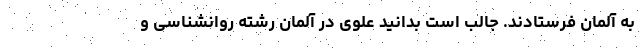
به آلمان فرستادند. جالب است بدانید علوی در آلمان رشته روانشناسی و